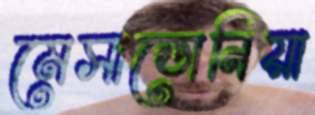
মেসাডোনিয়া